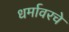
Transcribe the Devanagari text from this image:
धर्मावरचे